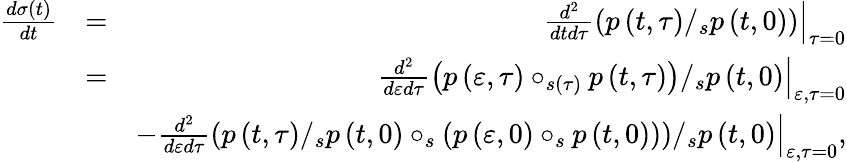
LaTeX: \begin{array}{rlr}{\frac{d\sigma\left(t\right)}{dt}}&{=}&{\left.\frac{d^{2}}{dtd\tau}\left(p\left(t,\tau\right)/_{s}p\left(t,0\right)\right)\right\vert_{\tau=0}}\\ &{=}&{\left.\frac{d^{2}}{d\varepsilon d\tau}\left(p\left(\varepsilon,\tau\right)\circ_{s\left(\tau\right)}p\left(t,\tau\right)\right)/_{s}p\left(t,0\right)\right\vert_{\varepsilon,\tau=0}}\\ &{}&{-\left.\frac{d^{2}}{d\varepsilon d\tau}\left(p\left(t,\tau\right)/_{s}p\left(t,0\right)\circ_{s}\left(p\left(\varepsilon,0\right)\circ_{s}p\left(t,0\right)\right)\right)/_{s}p\left(t,0\right)\right\vert_{\varepsilon,\tau=0},}\end{array}